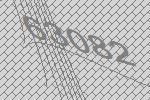
63082